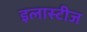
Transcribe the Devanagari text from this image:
इलास्टीज